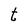
Character: t